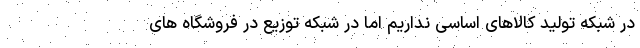
در شبکه تولید کالاهای اساسی نداریم اما در شبکه توزیع در فروشگاه های